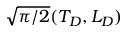
\sqrt { \pi / 2 } ( T _ { D } , L _ { D } )